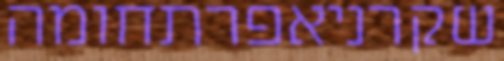
שקרניאפרתחומה